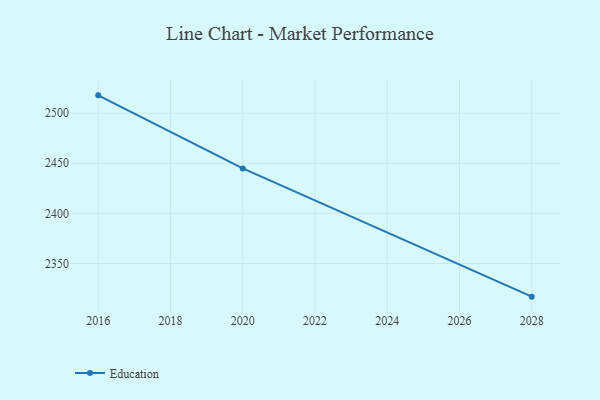
{"axis": {"x": "Year", "y": "Production Output"}, "legend": ["Education"], "data": [{"x": "2016", "y": 2517.8, "type": "Education"}, {"x": "2020", "y": 2444.9, "type": "Education"}, {"x": "2028", "y": 2316.9, "type": "Education"}]}